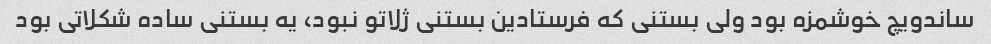
ساندویچ خوشمزه بود ولی بستنی که فرستادین بستنی ژلاتو نبود، یه بستنی ساده شکلاتی بود